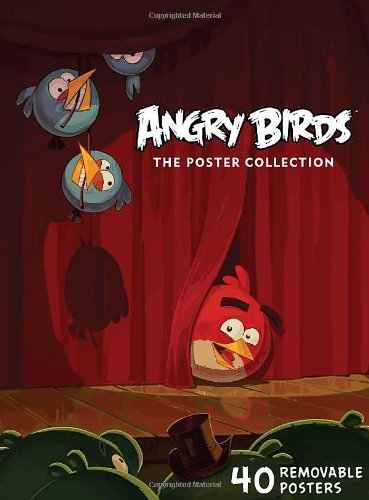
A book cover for Angry Birds Poster Collection; Rovio Entertainment; Crafts, Hobbies & Home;